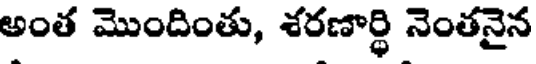
అంత మొందింతు, శరణార్థి నెంతనైన